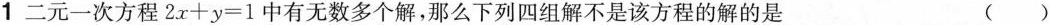
1二元一次方程$$2x+y=1$$中有无数多个解，那么下列四组解不是该方程的解的是 ()